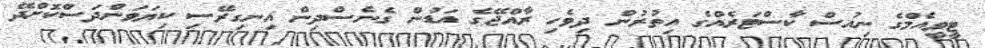
ޓީވީއެމްގެ ނިއުސް ކާސްޓަރެއްގެ އިތުރުން ދިވެހި ރާއްޖޭގެ އަޑުން ގެނެސްދިން އިނގިރޭސި ކިޔަވަންދަސްކޮށްދޭ